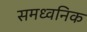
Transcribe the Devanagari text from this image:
समध्वनिक